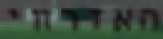
האזרחי